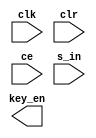
module debouncer #(
	parameter l_bit = 4
)
(
	input 			clk,
	input 			clr,
	input 			ce,
	input 			s_in,
	output 			key_en,
	//output 			key_up
);
	
	reg [l_bit-1:0] p_out;
      
  always @(posedge clk)
	begin
		if(clr)
			p_out <= {l_bit{1'b0}};
		else
			if (ce)
				p_out <= {p_out[l_bit-2:0],s_in};
	end
				
	assign key_up = (&p_out[l_bit-2:0]) & ~p_out[l_bit-1] & ce;	
	//assign key_en = (&p_out[l_bit-1:0]);
endmodule